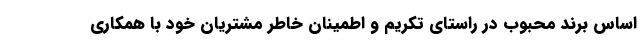
اساس برند محبوب در راستای تکریم و اطمینان خاطر مشتریان خود با همکاری